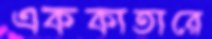
এককাতারে